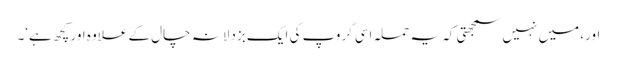
اور، میں نہیں سمجھتی کہ یہ حملہ اِسی گروپ کی ایک بزدلانہ چال کے علاوہ اور کچھ ہے‘۔